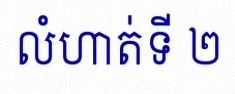
លំហាត់ទី ២